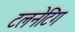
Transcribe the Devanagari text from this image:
टलनेटिंग